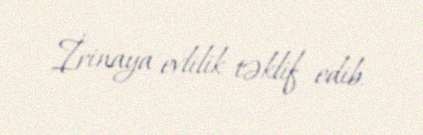
İrinaya evlilik təklif edib.